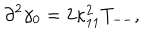
\partial ^ { 2 } \gamma _ { 0 } = 2 \kappa _ { 1 1 } ^ { 2 } T _ { -- } ,